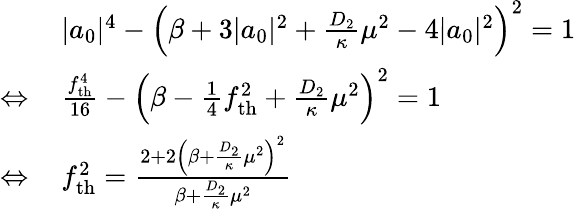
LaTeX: \begin{array}{rl}&{|a_{0}|^{4}-\left(\beta+3|a_{0}|^{2}+\frac{D_{2}}{\kappa}\mu^{2}-4|a_{0}|^{2}\right)^{2}=1}\\ {\Leftrightarrow\, }&{\frac{f_{\mathrm{th}}^{4}}{16}-\left(\beta-\frac{1}{4}f_{\mathrm{th}}^{2}+\frac{D_{2}}{\kappa}\mu^{2}\right)^{2}=1}\\ {\Leftrightarrow\, }&{f_{\mathrm{th}}^{2}=\frac{2+2\left(\beta+\frac{D_{2}}{\kappa}\mu^{2}\right)^{2}}{\beta+\frac{D_{2}}{\kappa}\mu^{2}}}\end{array}